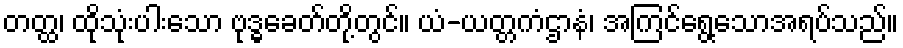
တတ္ထ၊ ထိုသုံးပါးသော ဗုဒ္ဓခေတ်တို့တွင်။ ယံ-ယတ္တကံဌာနံ၊ အကြင်ရွေ့သောအရပ်သည်။